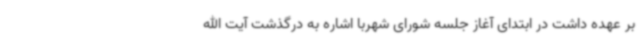
بر عهده داشت در ابتدای آغاز جلسه شورای شهربا اشاره به درگذشت آیت الله